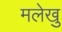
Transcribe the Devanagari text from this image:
मलेखु